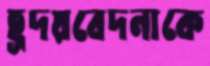
হূদয়বেদনাকে